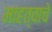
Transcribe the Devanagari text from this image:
माहत्वाचे